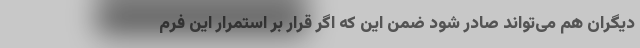
دیگران هم می‌تواند صادر شود ضمن این که اگر قرار بر استمرار این فرم